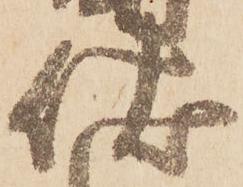
伏